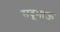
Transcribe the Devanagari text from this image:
सदूभाऊ